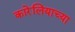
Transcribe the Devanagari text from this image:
कारेलियाच्या